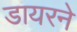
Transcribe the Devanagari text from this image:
डायरने